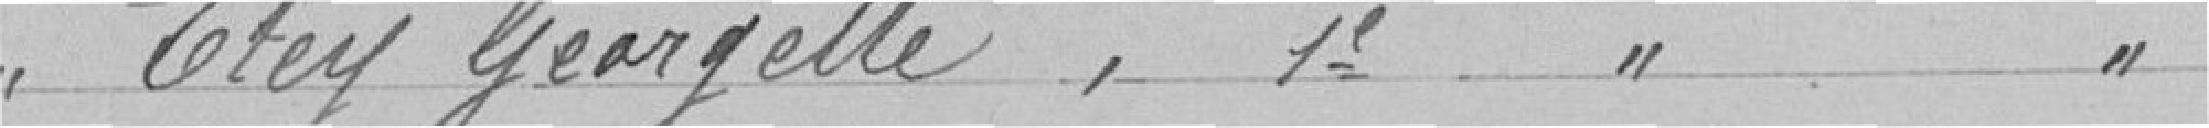
Melle ETEY Georgette, 1ère année secondaire    126 francs